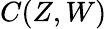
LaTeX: C(Z,W)